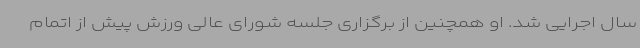
سال اجرایی شد. او همچنین از برگزاری جلسه شورای عالی ورزش پیش از اتمام